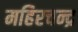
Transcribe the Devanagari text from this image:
महिरचन्द्र